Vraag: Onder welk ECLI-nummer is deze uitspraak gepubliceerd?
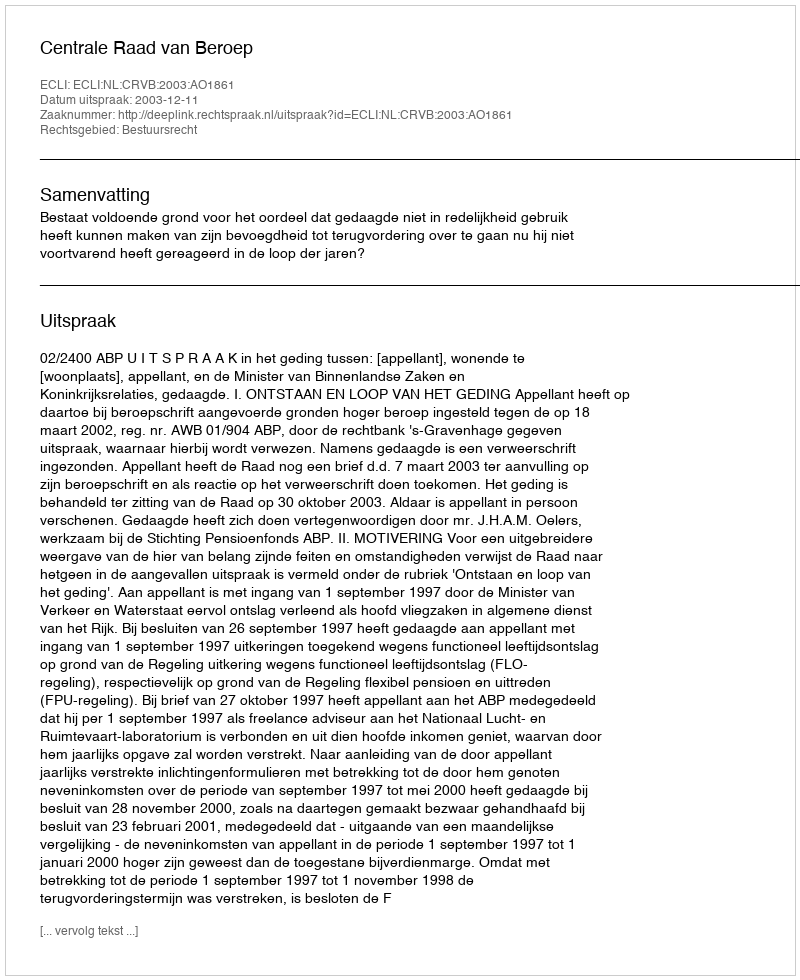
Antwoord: ECLI:NL:CRVB:2003:AO1861